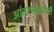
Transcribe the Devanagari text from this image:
आंतरसंबंधांची